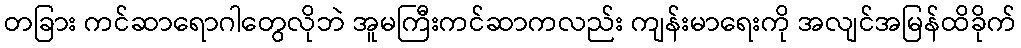
တခြား ကင်ဆာရောဂါတွေလိုဘဲ အူမကြီးကင်ဆာကလည်း ကျန်းမာရေးကို အလျင်အမြန်ထိခိုက်